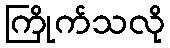
ကြိုက်သလို